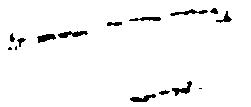
可